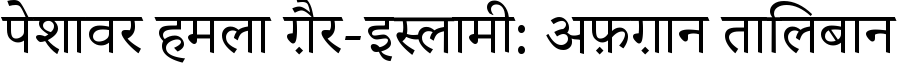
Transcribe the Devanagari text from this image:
पेशावर हमला ग़ैर-इस्लामी: अफ़ग़ान तालिबान